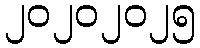
၂၀၂၀၂၀၂၅